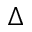
\Delta